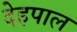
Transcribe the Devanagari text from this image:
देहपाल